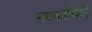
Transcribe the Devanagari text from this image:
मक्काबियों